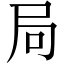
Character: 局